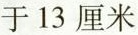
于13厘米